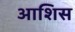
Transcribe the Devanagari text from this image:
आशिस